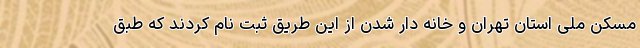
مسکن ملی استان تهران و خانه دار شدن از این طریق ثبت نام کردند که طبق